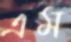
এম